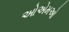
ઓએમઓ